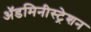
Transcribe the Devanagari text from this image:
ॲडमिनीस्ट्रेशन